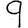
Digit: 9